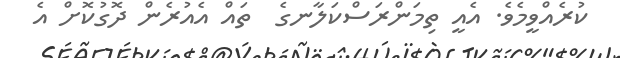
ކުރެއްވީމެވެ. އެއީ ތިމަންރަސްކަލާނގެ  ތައް އެއުރެން ދޮގުކޮށް އެ